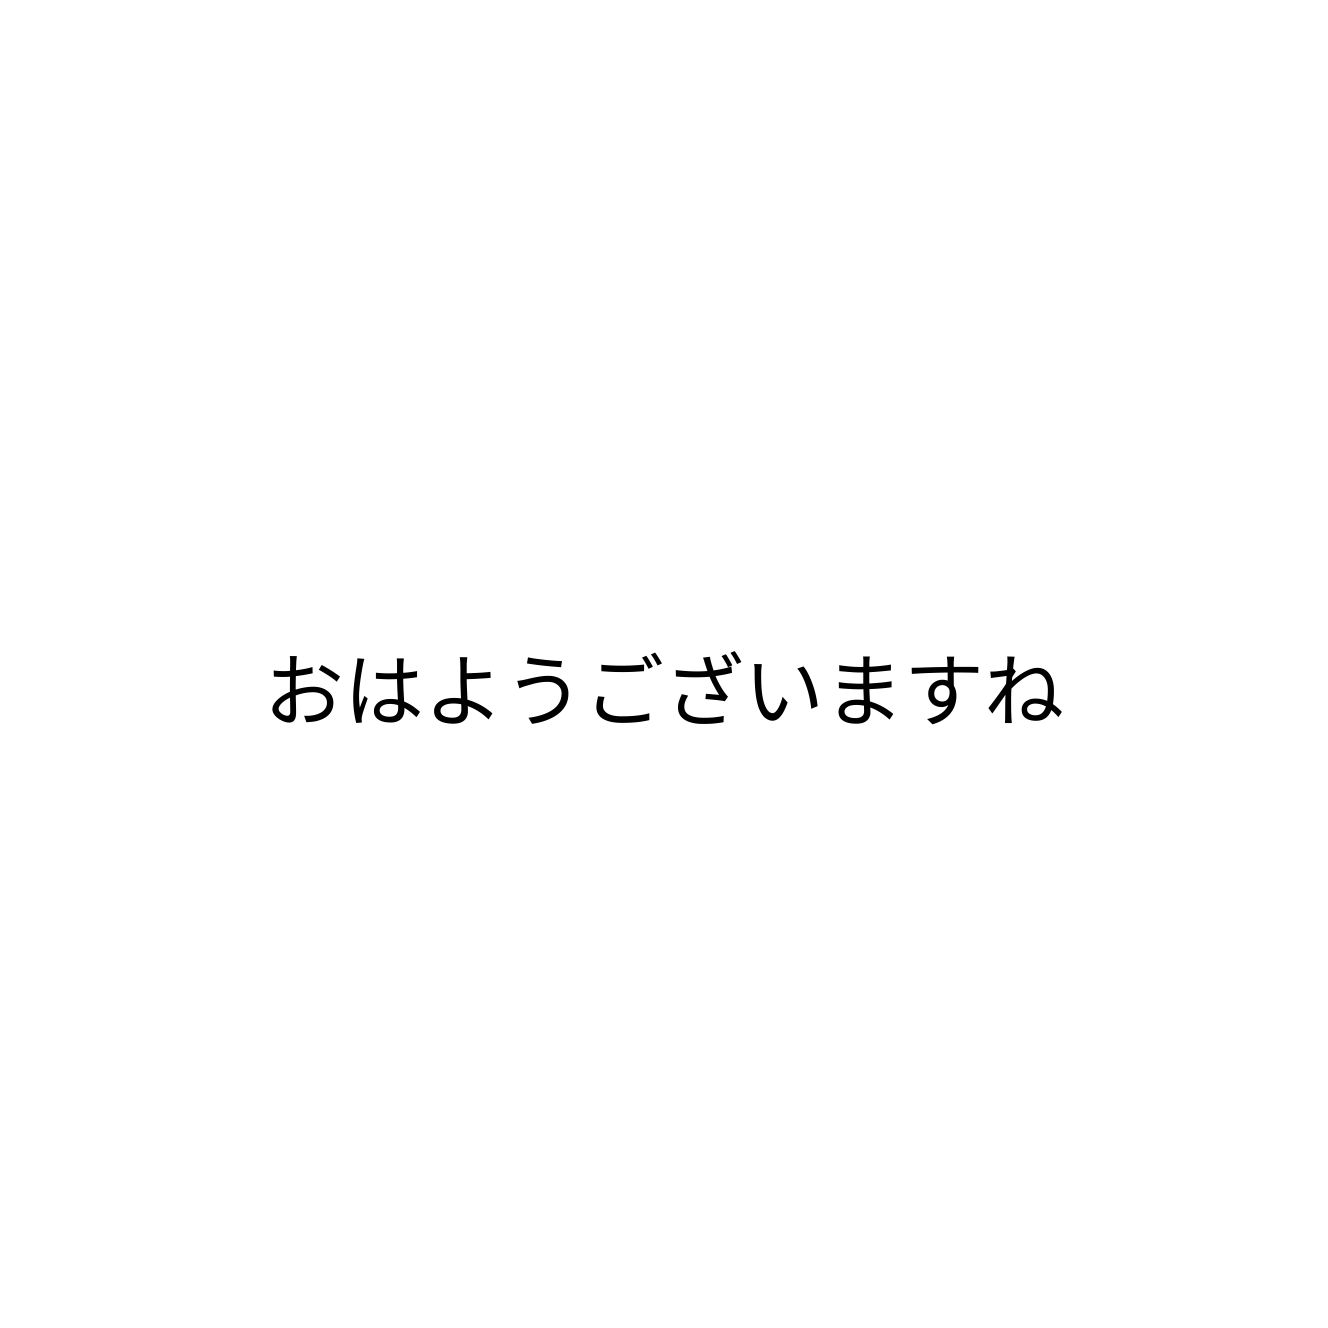
おはようございますね